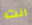
انت